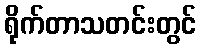
ရိုက်တာသတင်းတွင်